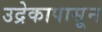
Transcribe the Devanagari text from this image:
उद्रेकापासून